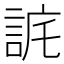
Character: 𧧉